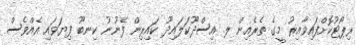
ރިޕޯޓުކޮށްފައިވާއިރު މީގެ ތެރެއިން ލ. އިސްދޫކަލައިދޫ ކައިރިން ފެނުނު ކިނބޫ ފިޔަވައި އެއްވެސް